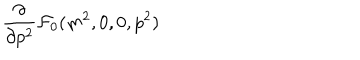
LaTeX: \frac { \partial } { \partial p ^ { 2 } } { \cal { F } } _ { 0 } ( m ^ { 2 } , 0 , 0 , p ^ { 2 } )